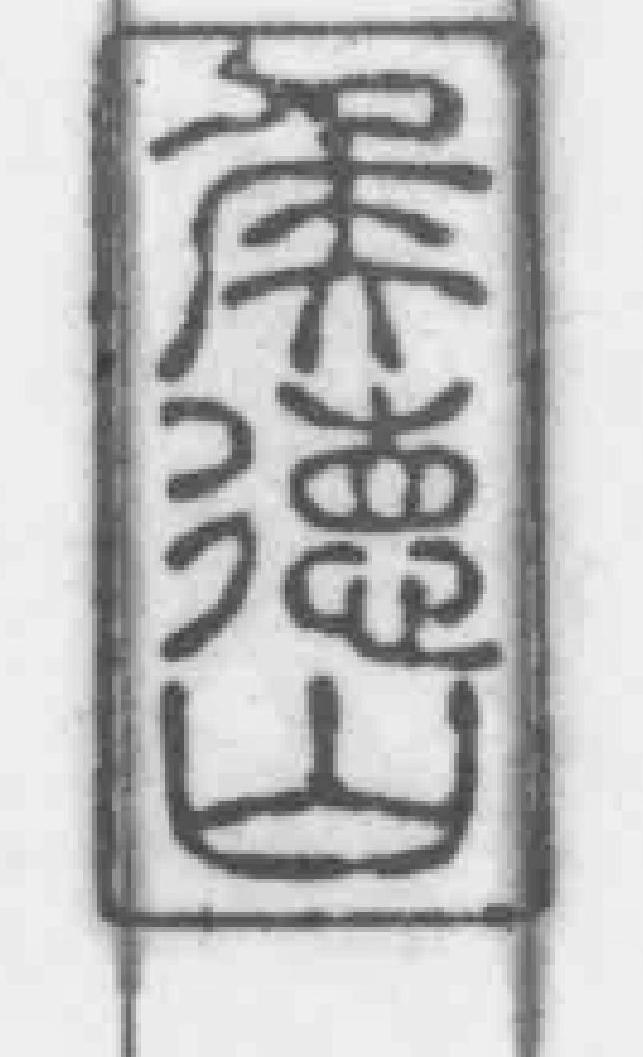
侯德山